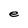
Character: e